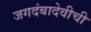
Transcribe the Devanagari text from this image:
जगदंबादेवीची